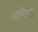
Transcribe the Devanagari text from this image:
माणिकौ